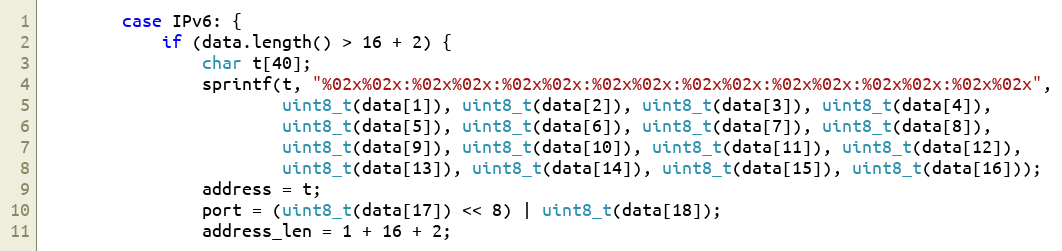
Language: C++
        case IPv6: {
            if (data.length() > 16 + 2) {
                char t[40];
                sprintf(t, "%02x%02x:%02x%02x:%02x%02x:%02x%02x:%02x%02x:%02x%02x:%02x%02x:%02x%02x",
                        uint8_t(data[1]), uint8_t(data[2]), uint8_t(data[3]), uint8_t(data[4]),
                        uint8_t(data[5]), uint8_t(data[6]), uint8_t(data[7]), uint8_t(data[8]),
                        uint8_t(data[9]), uint8_t(data[10]), uint8_t(data[11]), uint8_t(data[12]),
                        uint8_t(data[13]), uint8_t(data[14]), uint8_t(data[15]), uint8_t(data[16]));
                address = t;
                port = (uint8_t(data[17]) << 8) | uint8_t(data[18]);
                address_len = 1 + 16 + 2;